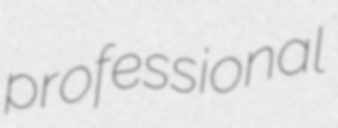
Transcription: professional